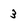
Character: 3